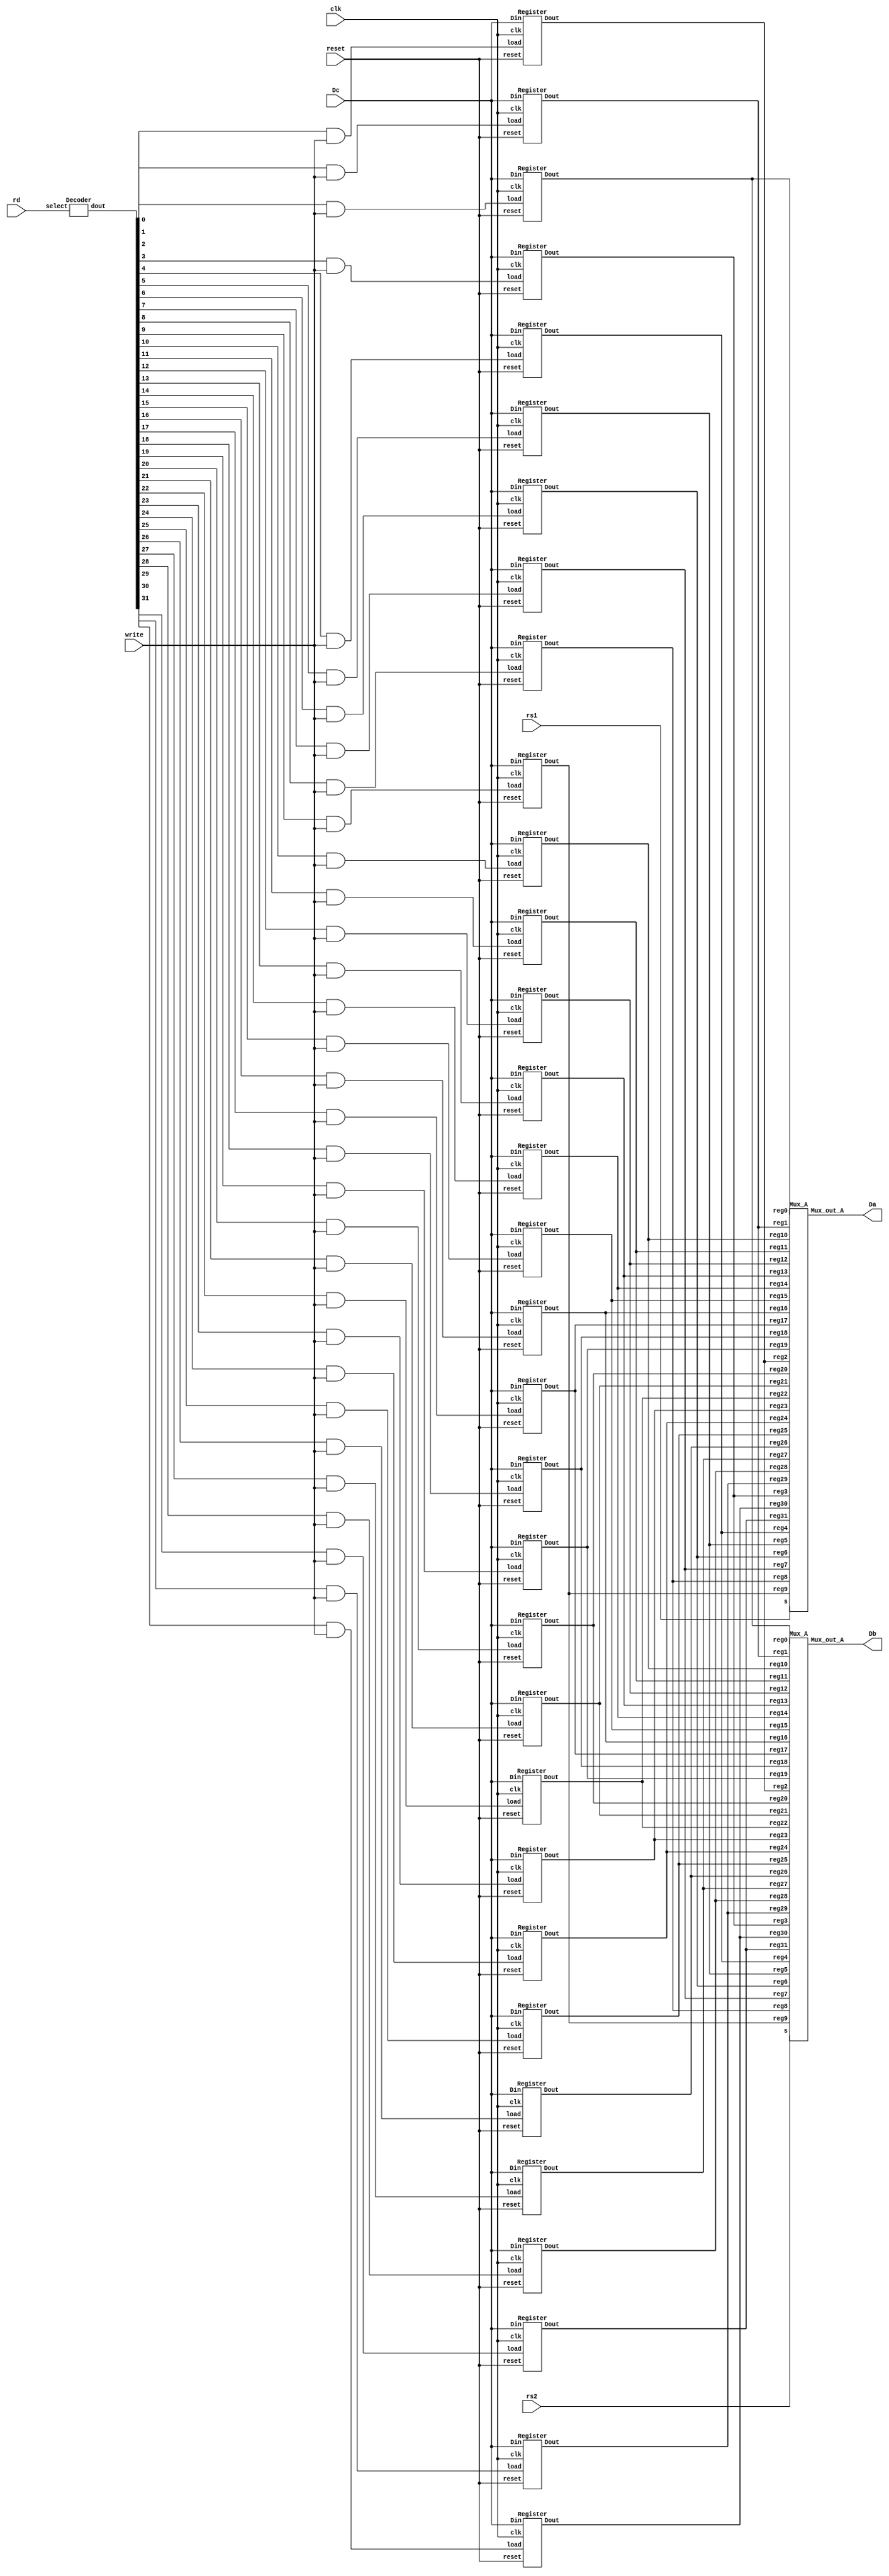
module register(Dc, write, rs1, rs2, rd, clk, reset, Da, Db);
input [31:0] Dc;
input write, clk, reset;
input [4:0] rs1, rs2, rd;
output wire [31:0] Da, Db;

wire [31:0] X;
wire [31:0] load;
wire [31:0] reg0,reg1,reg2,reg3,reg4,reg5,reg6,reg7,reg8,reg9,reg10,reg11,reg12,reg13,reg14,reg15,reg16,reg17,reg18,reg19,reg20,reg21,reg22,reg23,reg24,reg25,reg26,reg27,reg28,reg29,reg30, reg31;

//decode the input location
Decoder start(rd[4:0], X[31:0]);

//and the decoder outputs with write to get load
assign load[0] = X[0] & write;
assign load[1] = X[1] & write;
assign load[2] = X[2] & write;
assign load[3] = X[3] & write;
assign load[4] = X[4] & write;
assign load[5] = X[5] & write;
assign load[6] = X[6] & write;
assign load[7] = X[7] & write;
assign load[8] = X[8] & write;
assign load[9] = X[9] & write;
assign load[10] = X[10] & write;
assign load[11] = X[11] & write;
assign load[12] = X[12] & write;
assign load[13] = X[13] & write;
assign load[14] = X[14] & write;
assign load[15] = X[15] & write;
assign load[16] = X[16] & write;
assign load[17] = X[17] & write;
assign load[18] = X[18] & write;
assign load[19] = X[19] & write;
assign load[20] = X[20] & write;
assign load[21] = X[21] & write;
assign load[22] = X[22] & write;
assign load[23] = X[23] & write;
assign load[24] = X[24] & write;
assign load[25] = X[25] & write;
assign load[26] = X[26] & write;
assign load[27] = X[27] & write;
assign load[28] = X[28] & write;
assign load[29] = X[29] & write;
assign load[30] = X[30] & write;
assign load[31] = X[31] & write;

//save the dc input to the currectly active register determined by load
Register one(Dc[31:0], load[0], clk, reset, reg0);
Register two(Dc[31:0], load[1], clk, reset, reg1);
Register three(Dc[31:0], load[2], clk, reset, reg2);
Register four(Dc[31:0], load[3], clk, reset, reg3);
Register five(Dc[31:0], load[4], clk, reset, reg4);
Register six(Dc[31:0], load[5], clk, reset, reg5);
Register seven(Dc[31:0], load[6], clk, reset, reg6);
Register eight(Dc[31:0], load[7], clk, reset, reg7);
Register nine(Dc[31:0], load[8], clk, reset, reg8);
Register ten(Dc[31:0], load[9], clk, reset, reg9);
Register eleven(Dc[31:0], load[10], clk, reset, reg10);
Register twelve(Dc[31:0], load[11], clk, reset, reg11);
Register thirteen(Dc[31:0], load[12], clk, reset, reg12);
Register fourteen(Dc[31:0], load[13], clk, reset, reg13);
Register fifteen(Dc[31:0], load[14], clk, reset, reg14);
Register sixteen(Dc[31:0], load[15], clk, reset, reg15);
Register seventeen(Dc[31:0], load[16], clk, reset, reg16);
Register eighteen(Dc[31:0], load[17], clk, reset, reg17);
Register nineteen(Dc[31:0], load[18], clk, reset, reg18);
Register twenty(Dc[31:0], load[19], clk, reset, reg19);
Register twentyone(Dc[31:0], load[20], clk, reset, reg20);
Register twentytwo(Dc[31:0], load[21], clk, reset, reg21);
Register twentythree(Dc[31:0], load[22], clk, reset, reg22);
Register twentyfour(Dc[31:0], load[23], clk, reset, reg23);
Register twentyfive(Dc[31:0], load[24], clk, reset, reg24);
Register twentysix(Dc[31:0], load[25], clk, reset, reg25);
Register twentyseven(Dc[31:0], load[26], clk, reset, reg26);
Register twentyeight(Dc[31:0], load[27], clk, reset, reg27);
Register twentynine(Dc[31:0], load[28], clk, reset, reg28);
Register thirty(Dc[31:0], load[29], clk, reset, reg29);
Register thirtyone(Dc[31:0], load[30], clk, reset, reg30);
Register thirtytwo(Dc[31:0], load[31], clk, reset, reg31);

//mux to choose which register should be outputted
Mux_A A(reg0,reg1,reg2,reg3,reg4,reg5,reg6,reg7,reg8,reg9,
reg10,reg11,reg12,reg13,reg14,reg15,reg16,reg17,reg18,reg19,
reg20,reg21,reg22,reg23,reg24,reg25,reg26,reg27,reg28,reg29,
reg30,reg31,rs1[4:0], Da[31:0]);

Mux_A B(reg0,reg1,reg2,reg3,reg4,reg5,reg6,reg7,reg8,reg9,
reg10,reg11,reg12,reg13,reg14,reg15,reg16,reg17,reg18,reg19,
reg20,reg21,reg22,reg23,reg24,reg25,reg26,reg27,reg28,reg29,
reg30,reg31,rs2[4:0], Db[31:0]);

endmodule



module Register(Din, load, clk, reset, Dout);
input [31:0] Din;
input load, clk, reset;
output reg [31:0] Dout;

always @(posedge clk)
begin
	if (reset == 1)
		Dout[31:0] = 32'b00000000000000000000000000000000;
	else if (reset == 0 & load == 1)
		Dout[31:0] = Din[31:0];
	else
		Dout[31:0] = Dout[31:0];
end
endmodule



module Decoder(select, dout);

input [4:0] select;
output [31:0] dout;

//this one assigns output based off of input
assign dout[0] = ~select[4] & ~select[3] & ~select[2] & ~select[1] & ~select[0];
assign dout[1] = ~select[4] & ~select[3] & ~select[2] & ~select[1] & select[0];
assign dout[2] = ~select[4] & ~select[3] & ~select[2] & select[1] & ~select[0];
assign dout[3] = ~select[4] & ~select[3] & ~select[2] & select[1] & select[0];
assign dout[4] = ~select[4] & ~select[3] & select[2] & ~select[1] & ~select[0];
assign dout[5] = ~select[4] & ~select[3] & select[2] & ~select[1] & select[0];
assign dout[6] = ~select[4] & ~select[3] & select[2] & select[1] & ~select[0];
assign dout[7] = ~select[4] & ~select[3] & select[2] & select[1] & select[0];
assign dout[8] = ~select[4] & select[3] & ~select[2] & ~select[1] & ~select[0];
assign dout[9] = ~select[4] & select[3] & ~select[2] & ~select[1] & select[0];
assign dout[10] = ~select[4] & select[3] & ~select[2] & select[1] & ~select[0];
assign dout[11] = ~select[4] & select[3] & ~select[2] & select[1] & select[0];
assign dout[12] = ~select[4] & select[3] & select[2] & ~select[1] & ~select[0];
assign dout[13] = ~select[4] & select[3] & select[2] & ~select[1] & select[0];
assign dout[14] = ~select[4] & select[3] & select[2] & select[1] & ~select[0];
assign dout[15] = ~select[4] & select[3] & select[2] & select[1] & select[0];
assign dout[16] = select[4] & ~select[3] & ~select[2] & ~select[1] & ~select[0];
assign dout[17] = select[4] & ~select[3] & ~select[2] & ~select[1] & select[0];
assign dout[18] = select[4] & ~select[3] & ~select[2] & select[1] & ~select[0];
assign dout[19] = select[4] & ~select[3] & ~select[2] & select[1] & select[0];
assign dout[20] = select[4] & ~select[3] & select[2] & ~select[1] & ~select[0];
assign dout[21] = select[4] & ~select[3] & select[2] & ~select[1] & select[0];
assign dout[22] = select[4] & ~select[3] & select[2] & select[1] & ~select[0];
assign dout[23] = select[4] & ~select[3] & select[2] & select[1] & select[0];
assign dout[24] = select[4] & select[3] & ~select[2] & ~select[1] & ~select[0];
assign dout[25] = select[4] & select[3] & ~select[2] & ~select[1] & select[0];
assign dout[26] = select[4] & select[3] & ~select[2] & select[1] & ~select[0];
assign dout[27] = select[4] & select[3] & ~select[2] & select[1] & select[0];
assign dout[28] = select[4] & select[3] & select[2] & ~select[1] & ~select[0];
assign dout[29] = select[4] & select[3] & select[2] & ~select[1] & select[0];
assign dout[30] = select[4] & select[3] & select[2] & select[1] & ~select[0];
assign dout[31] = select[4] & select[3] & select[2] & select[1] & select[0];

endmodule 

module Mux_A(reg0,reg1,reg2,reg3,reg4,reg5,reg6,reg7,reg8,reg9,reg10,reg11,reg12,
reg13,reg14,reg15,reg16,reg17,reg18,reg19,reg20,reg21,reg22,reg23,reg24,reg25,reg26,
reg27,reg28,reg29,reg30,reg31,s, Mux_out_A);

input [31:0] reg0,reg1,reg2,reg3,reg4,reg5,reg6,reg7,reg8,reg9,reg10,reg11,reg12,
reg13,reg14,reg15,reg16,reg17,reg18,reg19,reg20,reg21,reg22,reg23,reg24,reg25,reg26,
reg27,reg28,reg29,reg30,reg31;

input [4:0] s;
output reg [31:0] Mux_out_A;

always @(*) begin
	case(s) 
	
	5'b00000: Mux_out_A = reg0;
	5'b00001: Mux_out_A = reg1;
	5'b00010: Mux_out_A = reg2;
	5'b00011: Mux_out_A = reg3;
	5'b00100: Mux_out_A = reg4;
	5'b00101: Mux_out_A = reg5;
	5'b00110: Mux_out_A = reg6;
	5'b00111: Mux_out_A = reg7;
	5'b01000: Mux_out_A = reg8; 
	5'b01001: Mux_out_A = reg9;
	5'b01010: Mux_out_A = reg10;
	5'b01011: Mux_out_A = reg11;
	5'b01100: Mux_out_A = reg12;
	5'b01101: Mux_out_A = reg13;
	5'b01110: Mux_out_A = reg14;
	5'b01111: Mux_out_A = reg15;
	5'b10000: Mux_out_A = reg16;
	5'b10001: Mux_out_A = reg17;
	5'b10010: Mux_out_A = reg18;
	5'b10011: Mux_out_A = reg19;
	5'b10100: Mux_out_A = reg20;
	5'b10101: Mux_out_A = reg21;
	5'b10110: Mux_out_A = reg22;
	5'b10111: Mux_out_A = reg23;
	5'b11000: Mux_out_A = reg24;
	5'b11001: Mux_out_A = reg25;
	5'b11010: Mux_out_A = reg26;
	5'b11011: Mux_out_A = reg27;
	5'b11100: Mux_out_A = reg28;
	5'b11101: Mux_out_A = reg29;
	5'b11110: Mux_out_A = reg30;
	5'b11111: Mux_out_A = reg31;

	endcase
	end
	
	endmodule